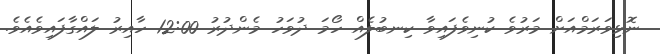
ނޮޅިވަރަމްއަށް މަރުވެ ކުނިވެފައިވާ ކިނބުލެއް ހޯމަ ދުވަހު މެންދުރު 12:00 ހާއިރު ލައްގާފައިވެއެވެ.